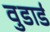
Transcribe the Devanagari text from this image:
वुडार्ड